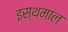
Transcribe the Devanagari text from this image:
इस्थमाल